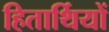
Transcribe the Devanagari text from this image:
हितार्थियों